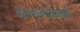
યોજનાઓરોકાણની